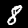
Label: 8